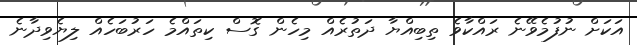
އަކަށް ނުފުމެވޭނެ ރައްކާވެ ތިބިއްޔާ ދަތުރެއް މިހެން ގޮސް ކިތައްމެ ހަރުބަހެއް ލިޔެވިދާނެ